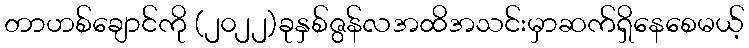
တာဟစ်ချောင်ကို (၂၀၂၂)ခုနှစ်ဇွန်လအထိအသင်းမှာဆက်ရှိနေစေမယ့်